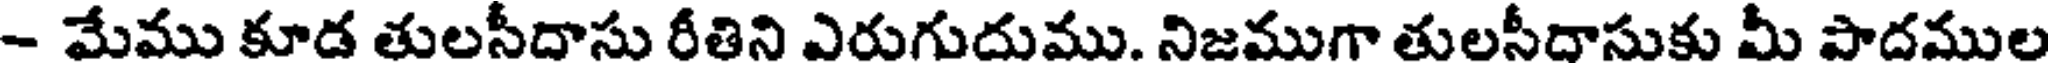
- మేము కూడ తులసీదాసు రీతిని ఎరుగుదుము. నిజముగా తులసీదాసుకు మీ పాదముల